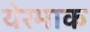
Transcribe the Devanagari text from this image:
येरमाक